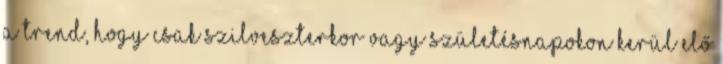
a trend, hogy csak szilveszterkor vagy születésnapokon kerül elő